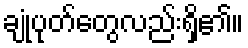
ချုံပုတ်တွေလည်းရှိ၏။